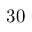
3 0